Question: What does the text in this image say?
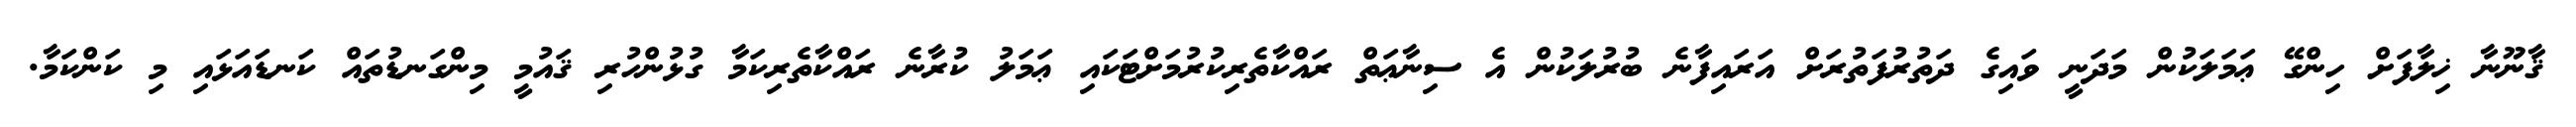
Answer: ޤާނޫނާ ޚިލާފަށް ހިންގޭ ޢަމަލަކުން މަދަނީ ވައިގެ ދަތުރުފަތުރަށް އަރައިފާނެ ބުރުލަކުން އެ ސިނާޢަތް ރައްކާތެރިކުރުމަށްޓަކައި ޢަމަލު ކުރާނެ ރައްކާތެރިކަމާ ގުޅުންހުރި ޤައުމީ މިންގަނޑުތައް ކަނޑައަޅައި މި ކަންކަމާ.